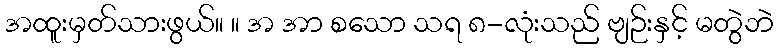
အထူးမှတ်သားဖွယ်။ ။ အ အာ စသော သရ ၈-လုံးသည် ဗျဉ်းနှင့် မတွဲဘဲ